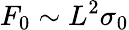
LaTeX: F_{0}\sim L^{2}\sigma_{0}